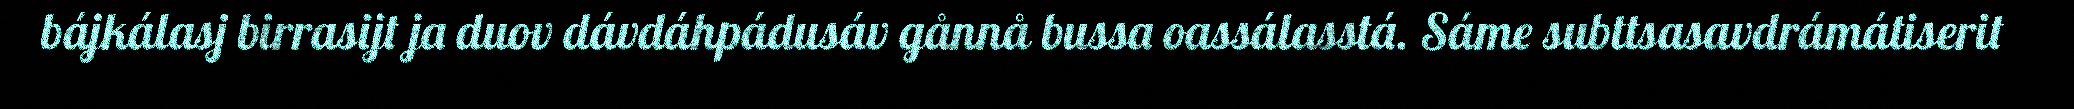
bájkálasj birrasijt ja duov dávdáhpádusáv gånnå bussa oassálasstá. Sáme subttsasavdrámátiserit